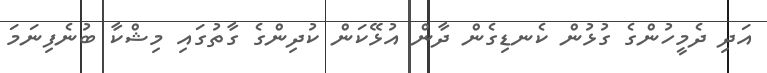
އަދި ދެމީހުންގެ ގުޅުން ކެނޑިގެން ދާން އުޅޭކަން ކުދިންގެ ގާތުގައި މިޝްކާ ބުނެފިނަމަ